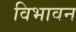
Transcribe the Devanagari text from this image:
विभावन